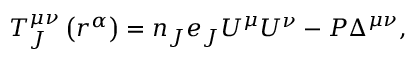
T _ { J } ^ { \mu \nu } \left( r ^ { \alpha } \right) = n _ { J } e _ { J } U ^ { \mu } U ^ { \nu } - P \Delta ^ { \mu \nu } ,